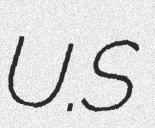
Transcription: U.S